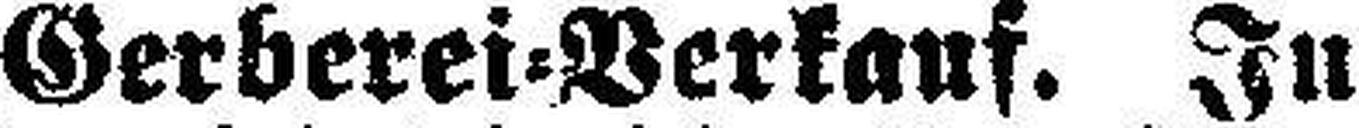
Gerberei=Verkauf. In